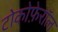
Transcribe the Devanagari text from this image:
टोकोफ़ेरॉल